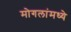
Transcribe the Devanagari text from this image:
मोगलांमध्ये